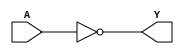
/*
 * Copyright 2020 The SkyWater PDK Authors
 *
 * Licensed under the Apache License, Version 2.0 (the "License");
 * you may not use this file except in compliance with the License.
 * You may obtain a copy of the License at
 *
 *     https://www.apache.org/licenses/LICENSE-2.0
 *
 * Unless required by applicable law or agreed to in writing, software
 * distributed under the License is distributed on an "AS IS" BASIS,
 * WITHOUT WARRANTIES OR CONDITIONS OF ANY KIND, either express or implied.
 * See the License for the specific language governing permissions and
 * limitations under the License.
 *
 * SPDX-License-Identifier: Apache-2.0
*/


`ifndef SKY130_FD_SC_LS__CLKDLYINV5SD2_BEHAVIORAL_V
`define SKY130_FD_SC_LS__CLKDLYINV5SD2_BEHAVIORAL_V

/**
 * clkdlyinv5sd2: Clock Delay Inverter 5-stage 0.25um length inner
 *                stage gate.
 *
 * Verilog simulation functional model.
 */

`timescale 1ns / 1ps
`default_nettype none

`celldefine
module sky130_fd_sc_ls__clkdlyinv5sd2 (
    Y,
    A
);

    // Module ports
    output Y;
    input  A;

    // Module supplies
    supply1 VPWR;
    supply0 VGND;
    supply1 VPB ;
    supply0 VNB ;

    // Local signals
    wire not0_out_Y;

    //  Name  Output      Other arguments
    not not0 (not0_out_Y, A              );
    buf buf0 (Y         , not0_out_Y     );

endmodule
`endcelldefine

`default_nettype wire
`endif  // SKY130_FD_SC_LS__CLKDLYINV5SD2_BEHAVIORAL_V